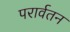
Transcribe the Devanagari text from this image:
परार्वतन